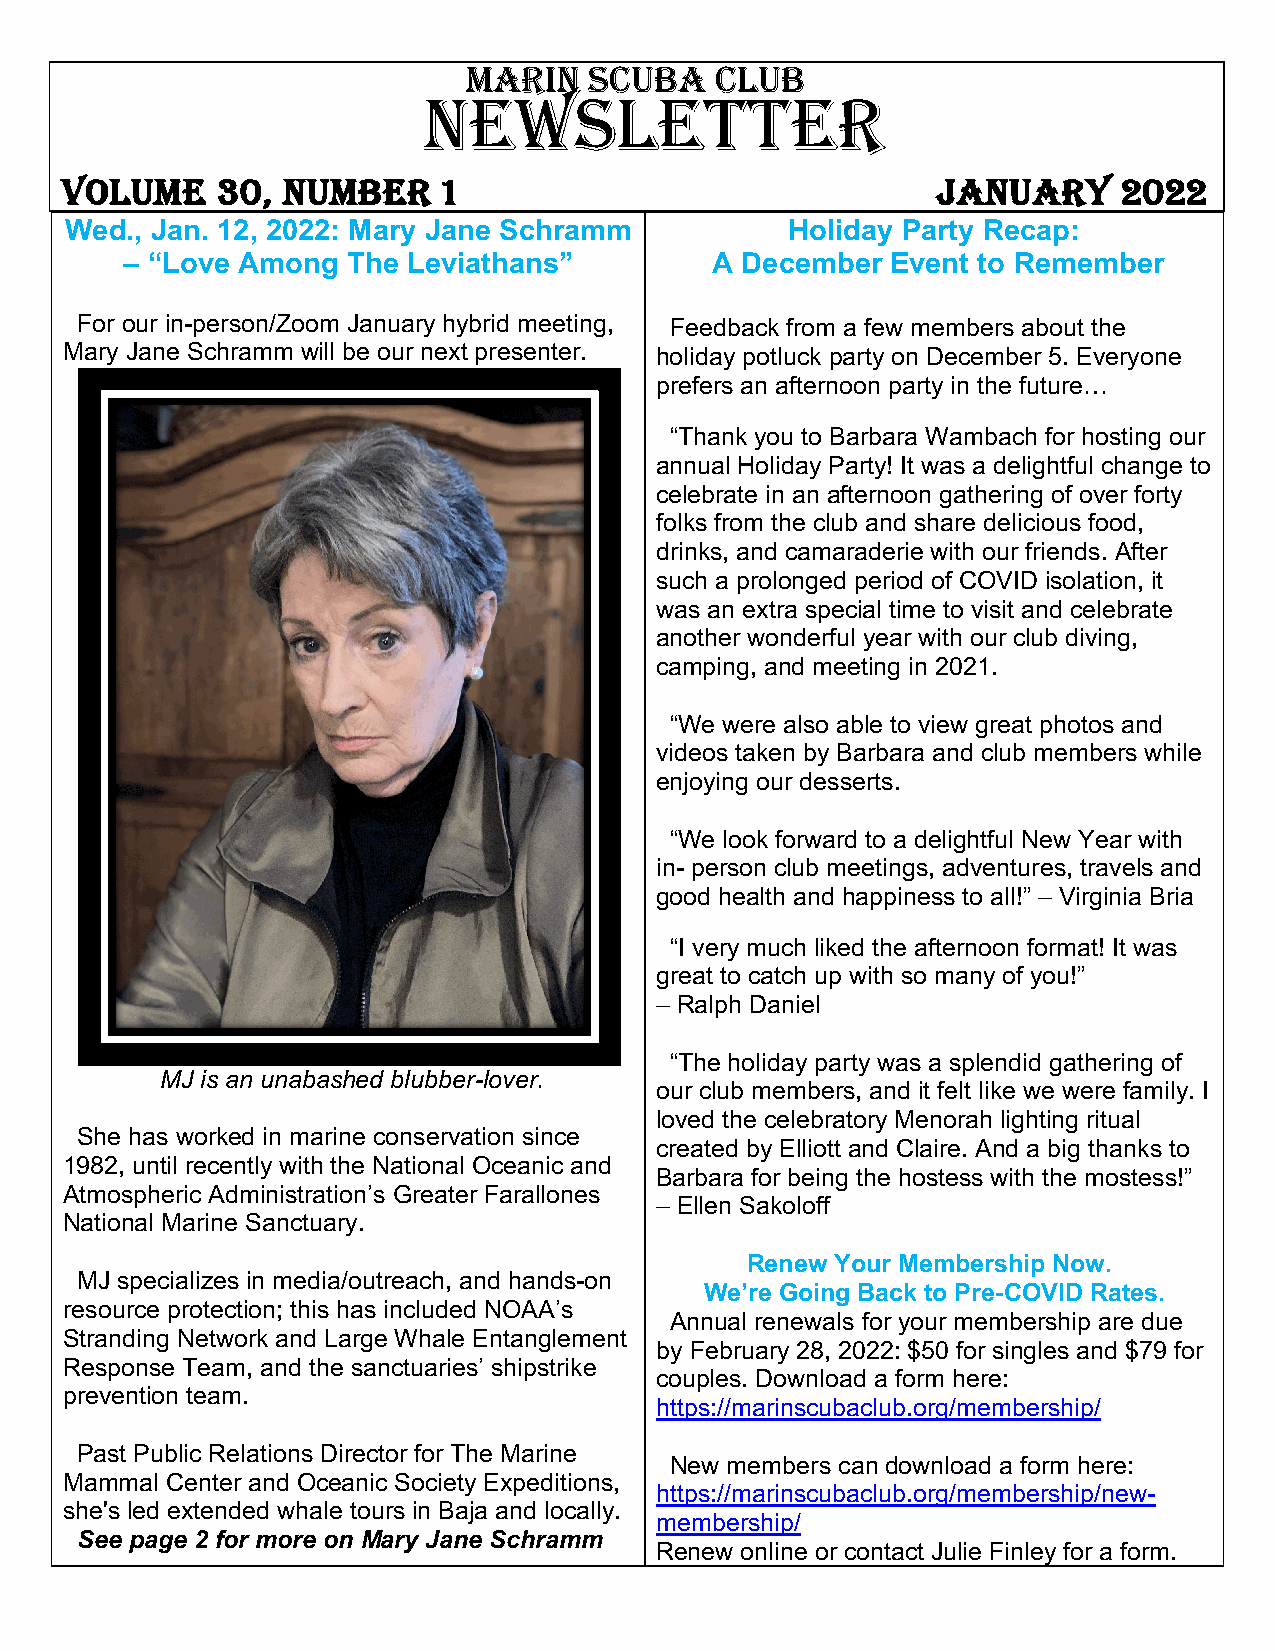
MARIN   SCUBA   CLUB
 NEWSLETTER
 VOLUME    30,  Number    1                                JANUARY     2022
 Wed., Jan. 12, 2022: Mary Jane Schramm          Holiday Party Recap:
 – “Love Among  The Leviathans”         A December  Event to Remember
 For our in-person/Zoom January hybrid meeting, Feedback from a few members about the
 Mary Jane Schramm will be our next presenter. holiday potluck party on December 5. Everyone
 prefers an afternoon party in the future…
 “Thank you to Barbara Wambach for hosting our
 annual Holiday Party! It was a delightful change to
 celebrate in an afternoon gathering of over forty
 folks from the club and share delicious food,
 drinks, and camaraderie with our friends. After
 such a prolonged period of COVID isolation, it
 was an extra special time to visit and celebrate
 another wonderful year with our club diving,
 camping, and meeting in 2021.
 “We were also able to view great photos and
 videos taken by Barbara and club members while
 enjoying our desserts.
 “We look forward to a delightful New Year with
 in- person club meetings, adventures, travels and
 good health and happiness to all!” – Virginia Bria
 “I very much liked the afternoon format! It was
 great to catch up with so many of you!”
 – Ralph Daniel
 “The holiday party was a splendid gathering of
 MJ is an unabashed blubber-lover.
 our club members, and it felt like we were family. I
 loved the celebratory Menorah lighting ritual
 She has worked in marine conservation since
 created by Elliott and Claire. And a big thanks to
 1982, until recently with the National Oceanic and
 Barbara for being the hostess with the mostess!”
 Atmospheric Administration’s Greater Farallones
 – Ellen Sakoloff
 National Marine Sanctuary.
 Renew Your Membership Now.
 MJ specializes in media/outreach, and hands-on
 We’re Going Back to Pre-COVID Rates.
 resource protection; this has included NOAA’s
 Annual renewals for your membership are due
 Stranding Network and Large Whale Entanglement
 by February 28, 2022: $50 for singles and $79 for
 Response Team, and the sanctuaries’ shipstrike
 couples. Download a form here:
 prevention team.
 https://marinscubaclub.org/membership/
 Past Public Relations Director for The Marine
 New members can download a form here:
 Mammal Center and Oceanic Society Expeditions,
 https://marinscubaclub.org/membership/new-
 she's led extended whale tours in Baja and locally.
 membership/
 See page 2 for more on Mary Jane Schramm
 Renew online or contact Julie Finley for a form.